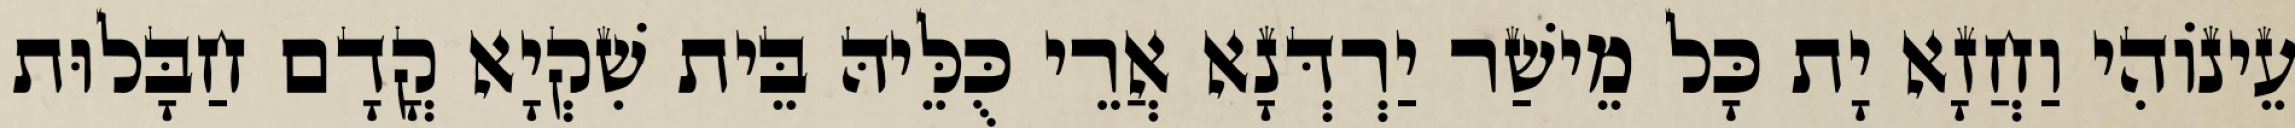
עֵינוֹהִי וַחֲזָא יָת כָּל מֵישַׁר יַרְדְּנָא אֲרֵי כֻּלֵּיהּ בֵּית שִׁקְיָא קֳדָם חַבָּלוּת